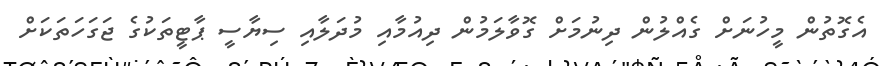
އެގޮތުން މީހުނަށް ގެއްލުން ދިނުމަށް ގޮވާލަމުން ދިއުމާއި މުދަލާއި ސިޔާސީ ޕާޓީތަކުގެ ޖަގަހަތަކަށް